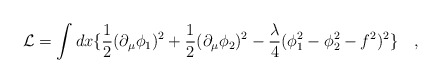
\begin{align*}\mathcal{L} = \int dx \{\frac{1}{2}(\partial_\mu\phi_1)^2 +\frac{1}{2}(\partial_\mu\phi_2)^2 - \frac{\lambda}{4}(\phi_1^2-\phi_2^2-f^2)^2 \}\quad,\end{align*}